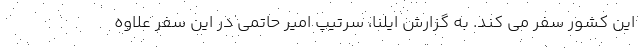
این کشور سفر می کند. به گزارش ایلنا، سرتیپ امیر حاتمی در این سفر علاوه